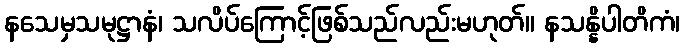
နသေမှသမုဋ္ဌာနံ၊ သလိပ်ကြောင့်ဖြစ်သည်လည်းမဟုတ်။ နသန္နိပါတိကံ၊